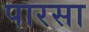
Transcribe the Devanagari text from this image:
पारसा